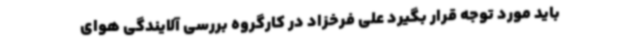
باید مورد توجه قرار بگیرد علی فرخزاد در کارگروه بررسی آلایندگی هوای